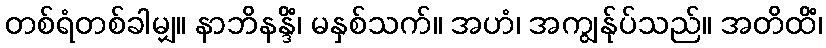
တစ်ရံတစ်ခါမျှ။ နာဘိနန္ဒိံ၊ မနှစ်သက်။ အဟံ၊ အကျွန်ုပ်သည်။ အတိထိံ၊